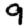
Digit: 9